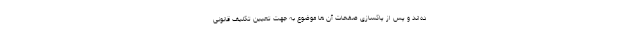
ده‌اند و پس از پاکسازی صفحات آن ها موضوع به جهت تعیین تکلیف قانونی